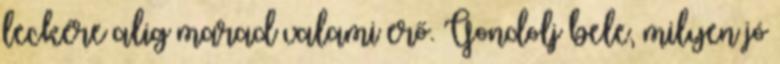
leckére alig marad valami erő. Gondolj bele, milyen jó